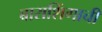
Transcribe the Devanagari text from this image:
बाराशिंगाची